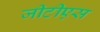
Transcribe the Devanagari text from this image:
जीटीएस